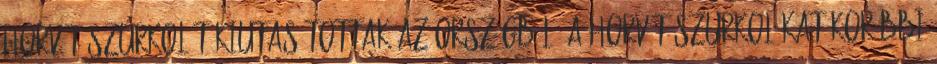
horvát szurkolót kiutasítottak az országból. A horvát szurkolókat korábbi